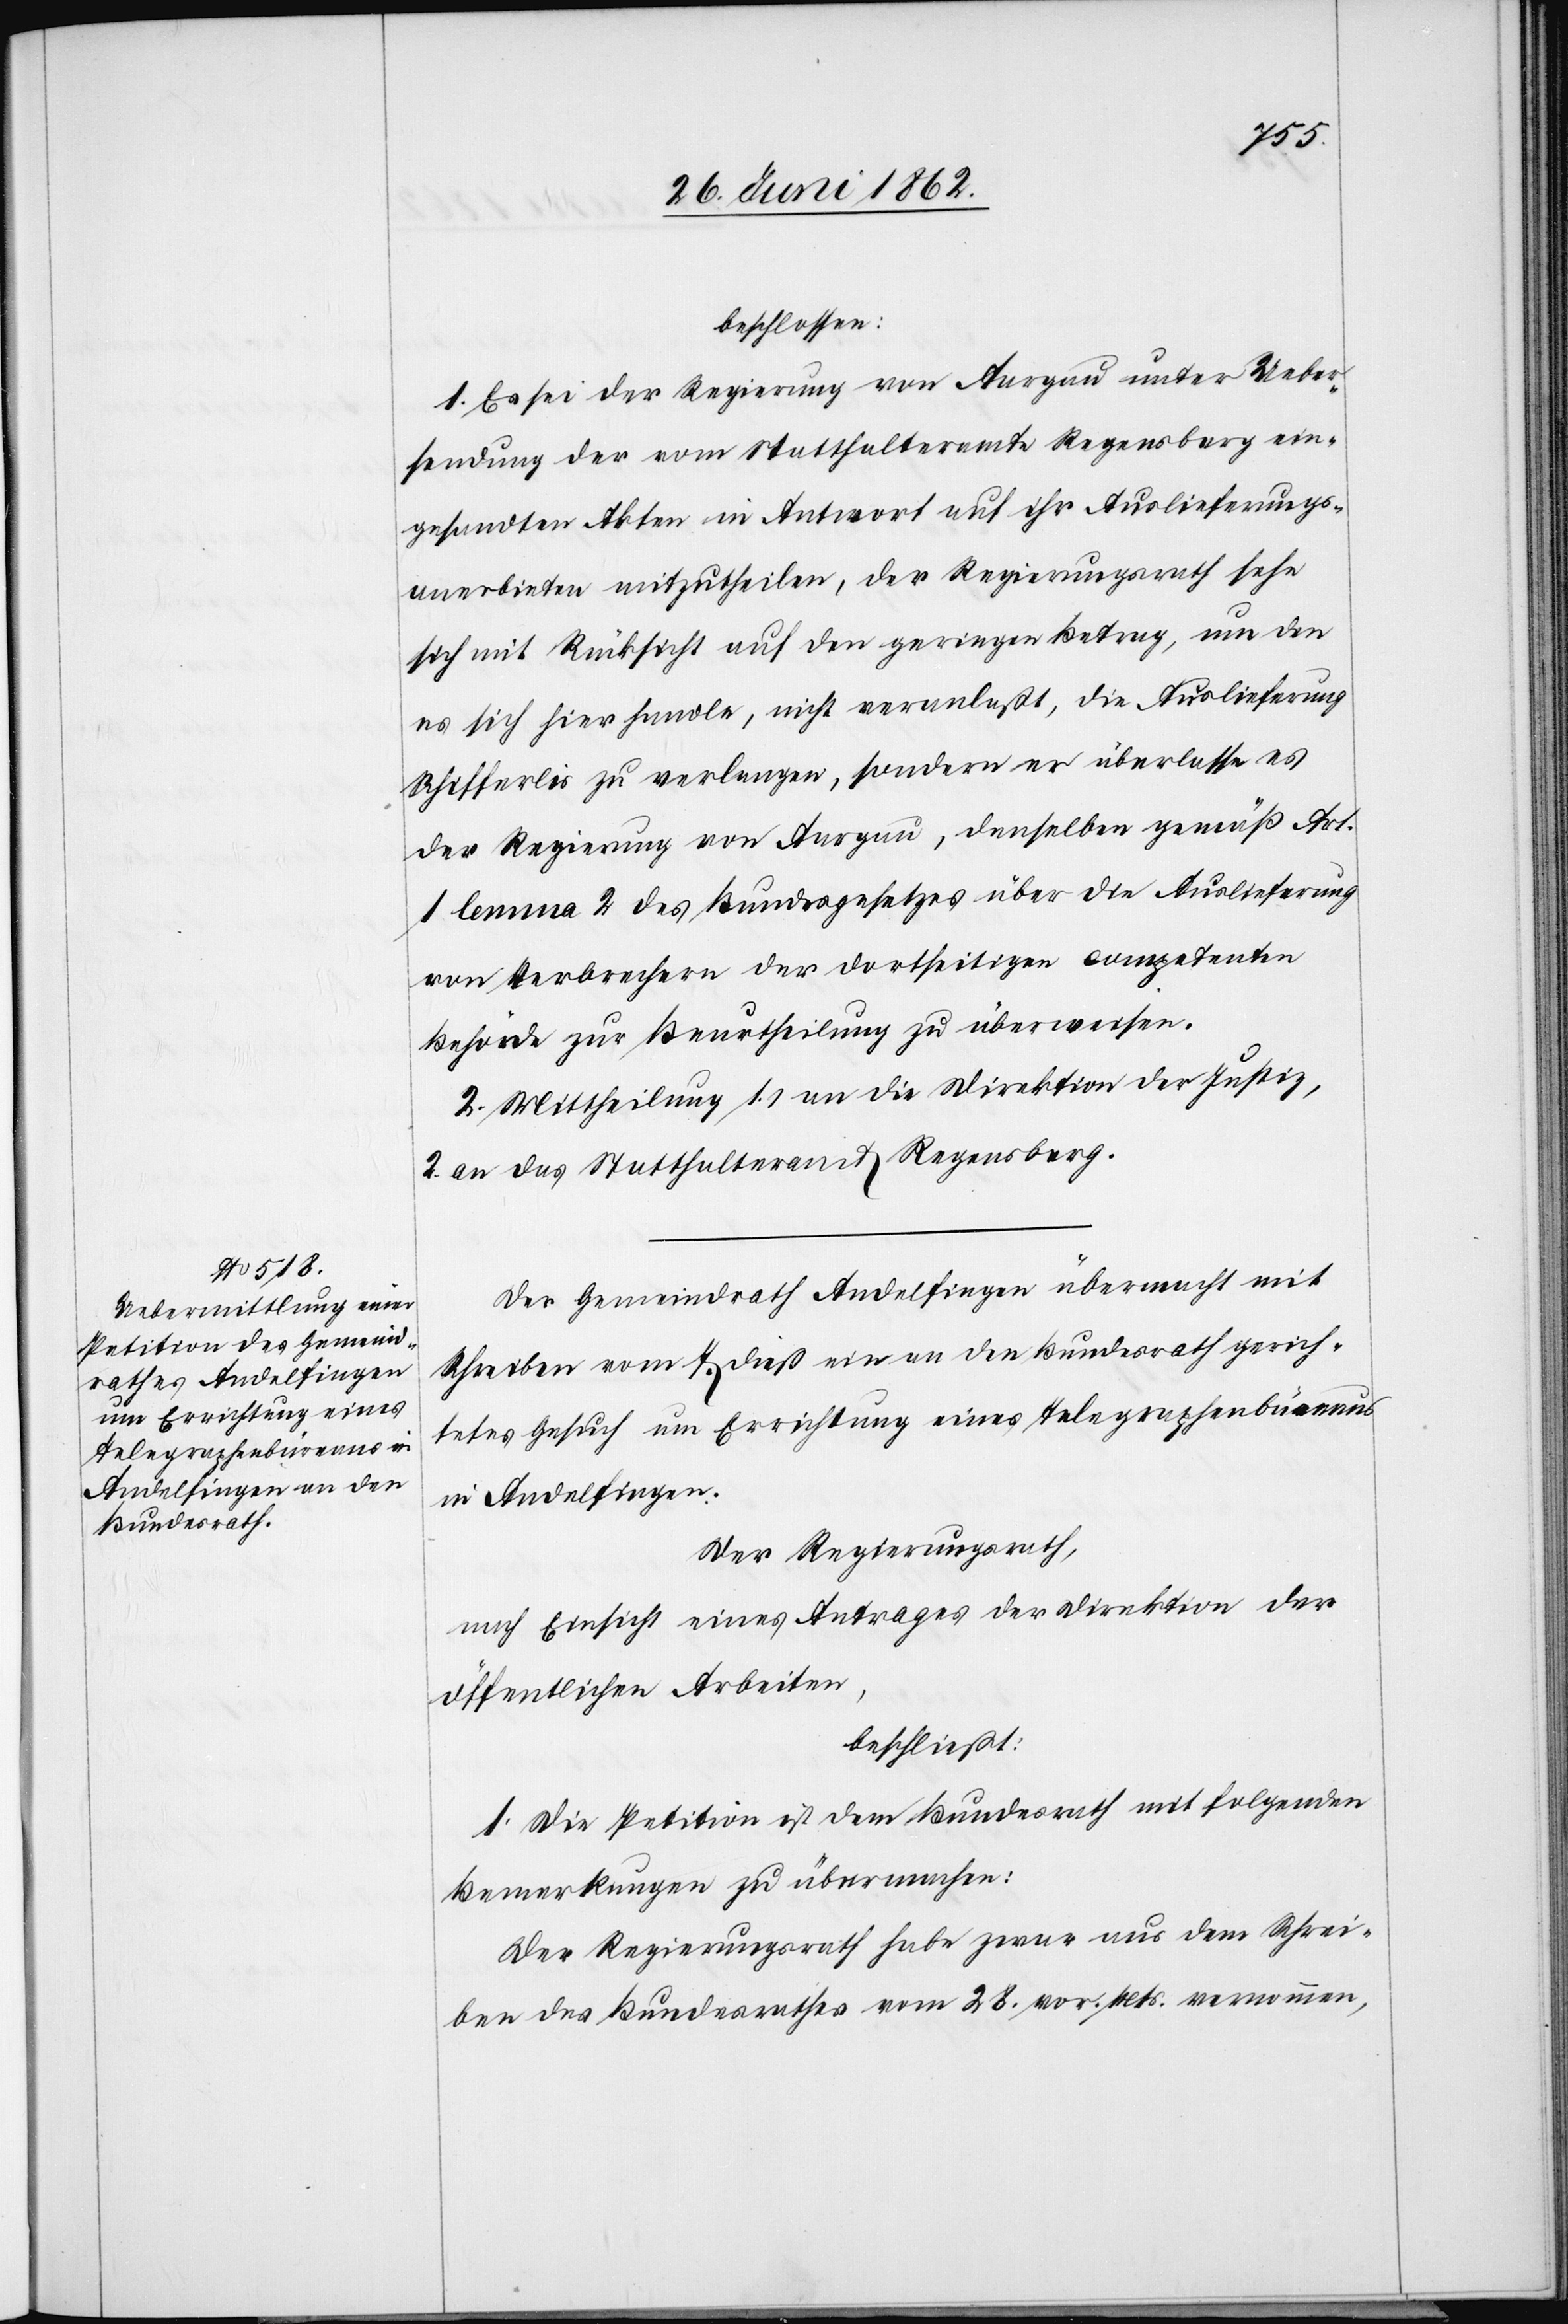
beschlossen:
1. Es sei der Regierung von Aargau unter Ueber¬
sendung der vom Statthalteramte Regensberg ein¬
gesandten Akten in Antwort auf ihr Auslieferungs¬
anerbieten mitzutheilen, der Regierungsrath sehe
sich mit Rücksicht auf den geringen Betrag, um den
es sich hier handle, nicht veranlaßt, die Auslieferung
Schifferlis zu verlangen, sondern er überlasse es
der Regierung von Aargau, denselben gemäß Art.
1 lemma 2 des Bundesgesetzes über die Auslieferung
von Verbrechern der dortseitigen competenten
Behörde zur Beurtheilung zu überweisen.
2. Mittheilung 1. an die Direktion der Justiz,
2. an das Statthalteramt Regensberg.
Der Gemeindrath Andelfingen übermacht mit
Schreiben vom 7. dieß ein an den Bundesrath gerich¬
tetes Gesuch um Errichtung eines Telegraphenbüreaus
in Andelfingen.
Der Regierungsrath,
nach Einsicht eines Antrages der Direktion der
öffentlichen Arbeiten,
beschließt:
1. Die Petition ist dem Bundesrath mit folgenden
Bemerkungen zu übermachen:
Der Regierungsrath habe zwar aus dem Schrei¬
ben des Bundesrathes vom 28. vor. Mts. vernommen,